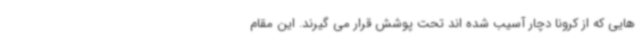
هایی که از کرونا دچار آسیب شده اند تحت پوشش قرار می گیرند. این مقام